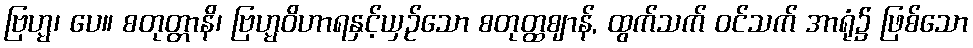
ဗြဟ္မ၊ ပေ။ စတုတ္တာနိ၊ ဗြဟ္မဝိဟာရနှင့်ယှဉ်သော စတုတ္ထဈာန်, ထွက်သက် ဝင်သက် အာရုံ၌ ဖြစ်သော